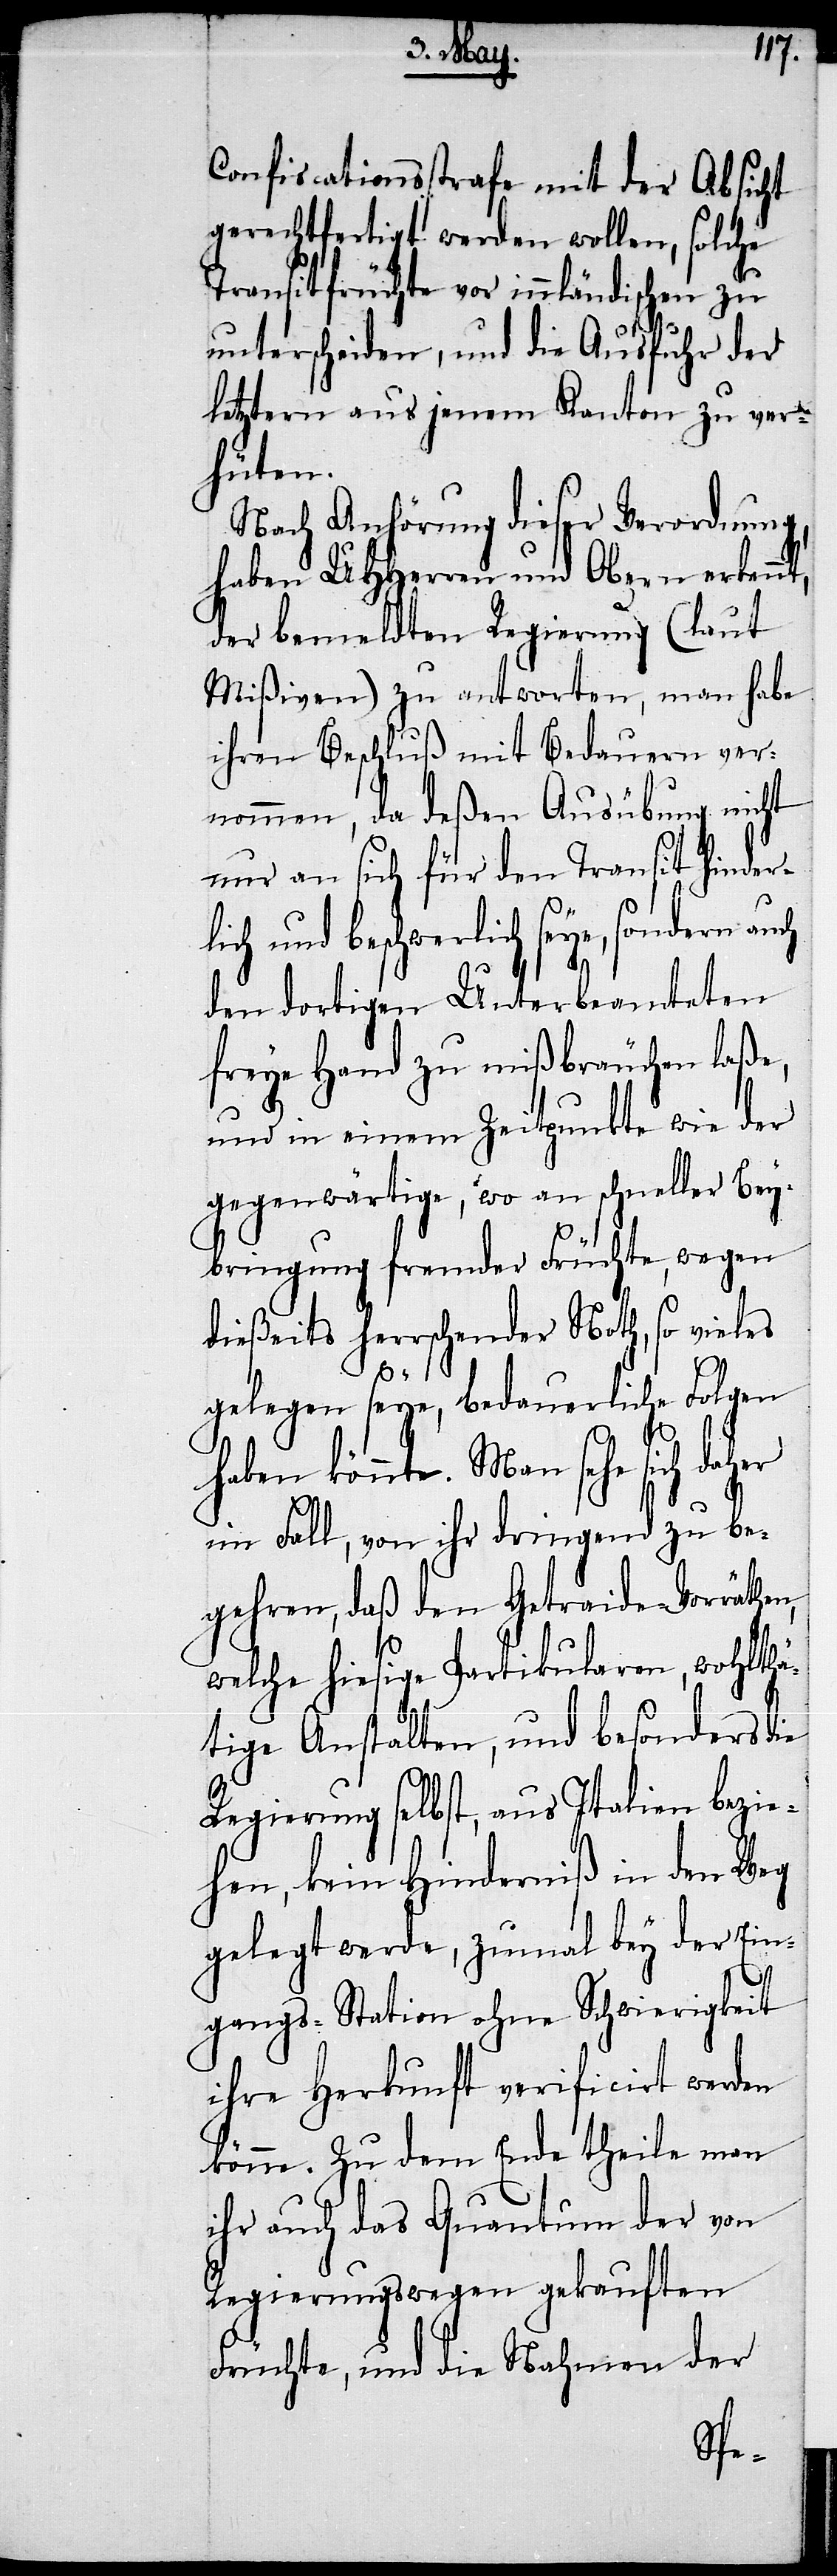
Confiscationsstrafe mit der Absicht
gerechtfertigt werden wollen, solche
Transitfrüchte vor innländischen zu
unterschreiben, und die Ausfuhr der
letztern aus jenem Kanton zu ver¬
hüten.
Nach Anhörung dieser Verordnung,
haben UHHerren und Obern erkennt,
der bemeldten Regierung (laut
Mißiven) zu antworten, man habe
ihren Beschluß mit Bedauern ver¬
nommen, da deßen Ausübung nicht
nur an sich für den Transit hinder¬
lich und beschwerlich seye, sondern auch
den dortigen Unterbeamteten
freye Hand zu mißbräuchen laße,
und in einem Zeitpunkte wie der
gegenwärtige, wo an schneller Bey¬
bringung fremder Früchte, wegen
dießeits herrschender Noth, so vieles
gelegen seye, bedauerliche Folgen
haben könnte. Man sehe sich daher
im Fall, von ihr dringend zu be¬
gehren, daß den Getraide-Vorräthen,
welche hiesige Partikularen, wohlthä¬
tige Anstalten, und besonders die
Regierung selbst, aus Italien bezie¬
hen, kein Hinderniß in den Weg
gelegt werde, zumal bey der Ein¬
gangs-Station ohne Schwierigkeit
ihre Herkunft verificirt werden
könne. Zu dem Ende theile man
ihr auch das Quantum der von
Regierungswegen gekauften
Früchte, und die Nahmen der